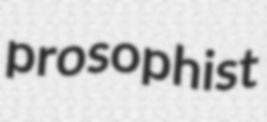
prosophist